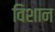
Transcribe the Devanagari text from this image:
विशान